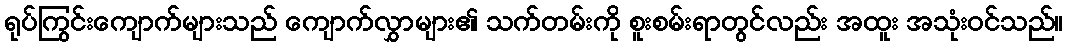
ရုပ်ကြွင်းကျောက်များသည် ကျောက်လွှာများ၏ သက်တမ်းကို စူးစမ်းရာတွင်လည်း အထူး အသုံးဝင်သည်။